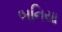
બનિયા